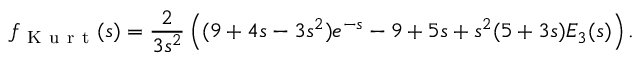
f _ { \mathrm { ~ K ~ u ~ r ~ t ~ } } ( s ) = \frac { 2 } { 3 s ^ { 2 } } \left( ( 9 + 4 s - 3 s ^ { 2 } ) e ^ { - s } - 9 + 5 s + s ^ { 2 } ( 5 + 3 s ) { \cal E } _ { 3 } ( s ) \right) .